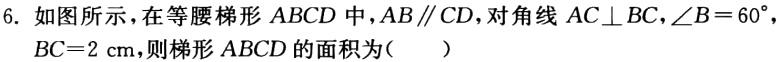
6. 如图所示，在等腰梯形 \(ABCD\) 中，\(AB\parallel CD\)，对角线 \(AC\perp BC\)，\(\angle B = 60^{\circ}\)，\(BC = 2\mathrm{cm}\)，则梯形 \(ABCD\) 的面积为（  ）